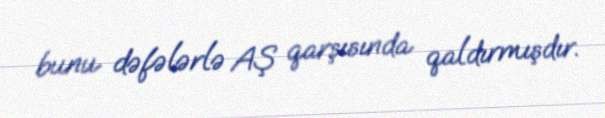
bunu dəfələrlə AŞ qarşısında qaldırmışdır.